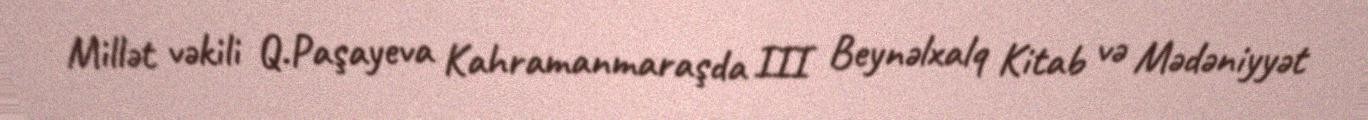
Millət vəkili Q.Paşayeva Kahramanmaraşda III Beynəlxalq Kitab və Mədəniyyət